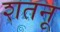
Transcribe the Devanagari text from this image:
शतनू